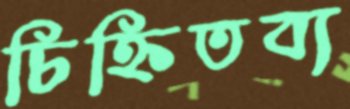
চিহ্নিতব্য